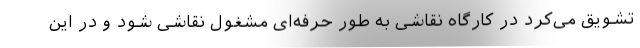
تشویق می‌کرد در کارگاه نقاشی به طور حرفه‌ای مشغول نقاشی شود و در این